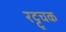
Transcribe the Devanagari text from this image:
रट्टूचक